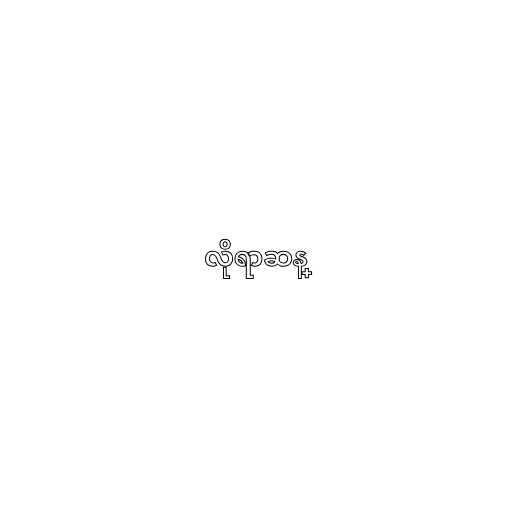
လိုရာဆန္